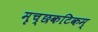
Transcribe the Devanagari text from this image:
मृच्छकटिकम्‌